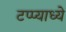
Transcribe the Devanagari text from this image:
टप्प्याध्ये